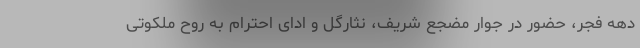
دهه فجر، حضور در جوار مضجع شریف، نثارگل و ادای احترام به روح ملکوتی